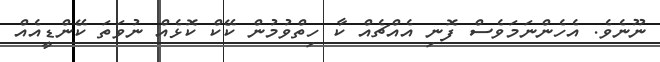
ނޫނެވެ. އެހެންނަމަވެސް ފޮނި އެއްޗެއް ކާ ހިތްވުމުން ކޭކް ކޮޅެއް ނުވަތަ ކޭންޑީއެއް